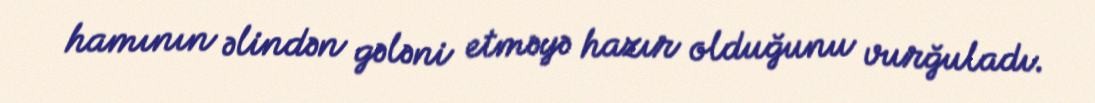
hamının əlindən gələni etməyə hazır olduğunu vurğuladı.